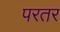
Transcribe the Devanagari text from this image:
परतर